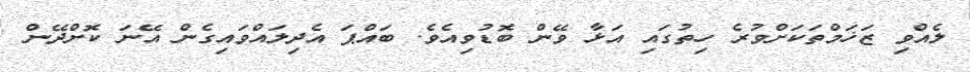
ލެއްވި ޒަޚަމްތަކަށްވުރެ ހިތުގައި އަޅާ ވޭން ބޮޑުވިއެވެ. ބައްޕަ އެދިލައްވައިގެން އޭނަ ކޮށްދޭން